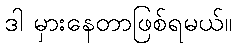
ဒါ မှားနေတာဖြစ်ရမယ်။